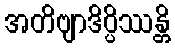
အတိဗျာဒိပ္ပိဿန္တိ